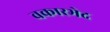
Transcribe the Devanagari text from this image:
वकारभेद